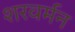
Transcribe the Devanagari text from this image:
शरवर्मन